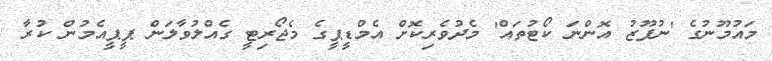
މައުމޫނުގެ 'ނުފޫޒު އޮންނަ ކޯޓުތައް' މެދުވެރިކޮށް އެމްޑީޕީގެ މެޖޯރިޓީ ގެއްލުވާލަން ޕީޕީއެމުން ކުރާ